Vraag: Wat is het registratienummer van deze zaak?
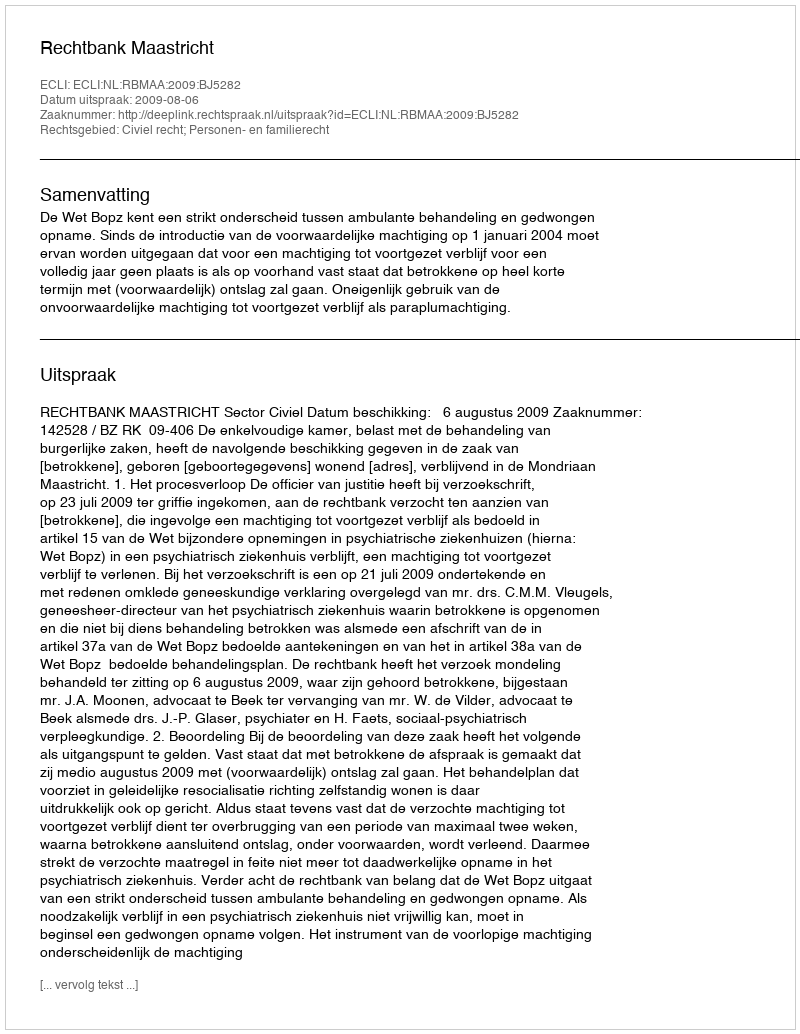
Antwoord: http://deeplink.rechtspraak.nl/uitspraak?id=ECLI:NL:RBMAA:2009:BJ5282